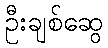
ဦးချစ်ဆွေ